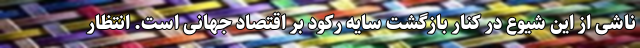
ناشی از این شیوع در کنار بازگشت سایه رکود بر اقتصاد جهانی است. انتظار